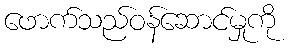
ဖောက်သည်ဝန်ဆောင်မှုကို